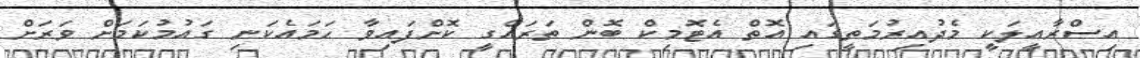
އިސްރާއީލަކީ މެދުއިރުމަތީގައި އޮތް އެޓޮމިކް ބޮން ތަރައްގީ ކޮށްފައިވާ ހަމައެކަނި ގައުމުކަމަށް ވަރަށް